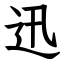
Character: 迅